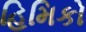
હિમિકો